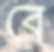
বে